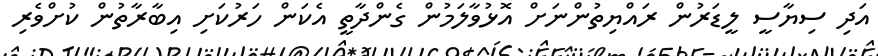
އަދި ސިޔާސީ ލީޑަރުން ރައްޔިތުންނަށް އޮޅުވާލަމުން ގެންދާތީ އެކަން ހަރުކަށި އިބާރާތުން ކުށްވެރި